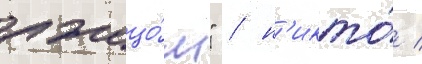
лжецо́м" / н'икто́ /